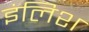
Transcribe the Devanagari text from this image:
इंलिश